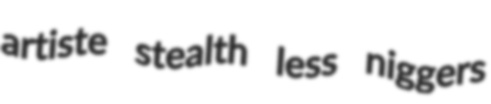
artiste stealth less niggers